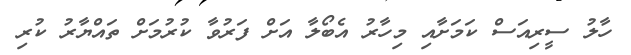
ހާލު ސީރިއަސް ކަމަށާއި މިހާރު އެބޯލާ އަށް ފަރުވާ ކުރުމަށް ތައްޔާރު ކުރި